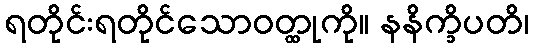
ရတိုင်းရတိုင်သောဝတ္ထုကို။ နနိက္ခိပတိ၊